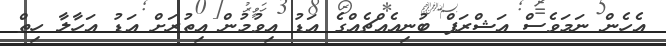
އެހެން ނަމަވެސް އަޝްރަފް ބުނިއެއްޗެއްގެ އަޑު އިވުމުން އިތުރަށް އަޑު އަހާލާ ހިތް